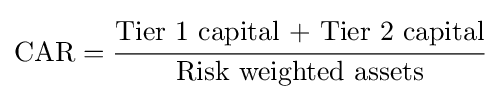
{\mbox{CAR}}={\cfrac {\mbox{Tier 1 capital + Tier 2 capital}}{\mbox{Risk weighted assets}}}